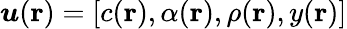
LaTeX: \boldsymbol{u}(\textbf{r})=[c(\textbf{r}),\alpha(\textbf{r}),\rho(\textbf{r}),y(\textbf{r})]